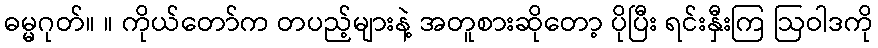
ဓမ္မဂုတ်။ ။ ကိုယ်တော်က တပည့်များနဲ့ အတူစားဆိုတော့ ပိုပြီး ရင်းနှီးကြ ဩဝါဒကို